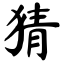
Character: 猜